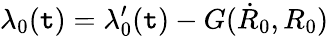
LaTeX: \lambda_{0}(\mathtt{t})=\lambda_{0}^{\prime}(\mathtt{t})-G(\dot{{R}}_{0},R_{0})